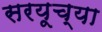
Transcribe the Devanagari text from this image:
सरयूच्या